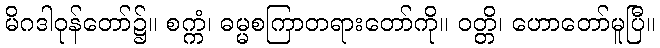
မိဂဒါဝုန်တော်၌။ စက္ကံ၊ ဓမ္မစကြာတရားတော်ကို။ ဝတ္တိ၊ ဟောတော်မူပြီ။